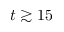
t \gtrsim 1 5